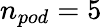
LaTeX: n_{pod}=5